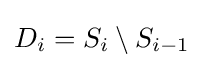
D_{i}=S_{i}\setminus S_{i-1}